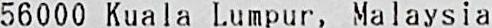
56000 KUALA LUMPUR, MALAYSIA